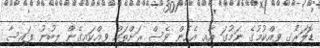
ޑޮލަރުެގ ވިއްކުމުގެ ނަމުގަ އާއި އެހެން ވެސް ރަށްތައް ވިއްކައިގެން ލިބުނު ފައިސާ